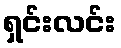
ရှင်းလင်း